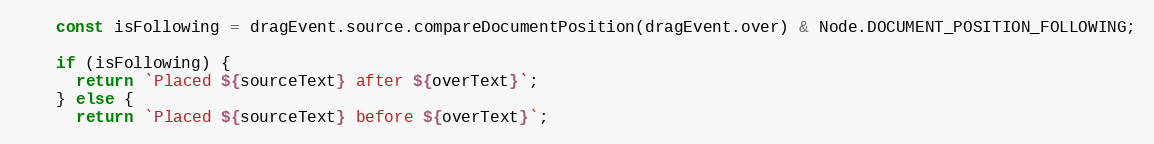
Language: JavaScript
    const isFollowing = dragEvent.source.compareDocumentPosition(dragEvent.over) & Node.DOCUMENT_POSITION_FOLLOWING;

    if (isFollowing) {
      return `Placed ${sourceText} after ${overText}`;
    } else {
      return `Placed ${sourceText} before ${overText}`;